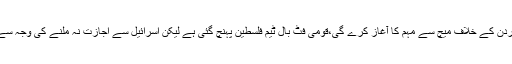
پاکستانی ٹیم ایونٹ میں شرکت کیلئے فلسطین پہنچ چکی ہے اور وہ کل اتوار کو اردن کے خلاف میچ سے مہم کا آغاز کرے گی،قومی فٹ بال ٹیم فلسطین پہنچ گئی ہے لیکن اسرائیل سے اجازت نہ ملنے کی وجہ سے بحرین سے تعلق رکھنے والے پاکستانی ہیڈ کوچ کو اردن میں روک لیا گیا ہے۔